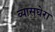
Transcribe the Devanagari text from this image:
व्यासघेरा